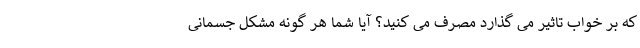
که بر خواب تاثیر می گذارد مصرف می کنید؟ آیا شما هر گونه مشکل جسمانی